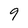
Character: 9